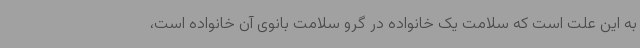
به این علت است که سلامت یک خانواده در گرو سلامت بانوی آن خانواده است،